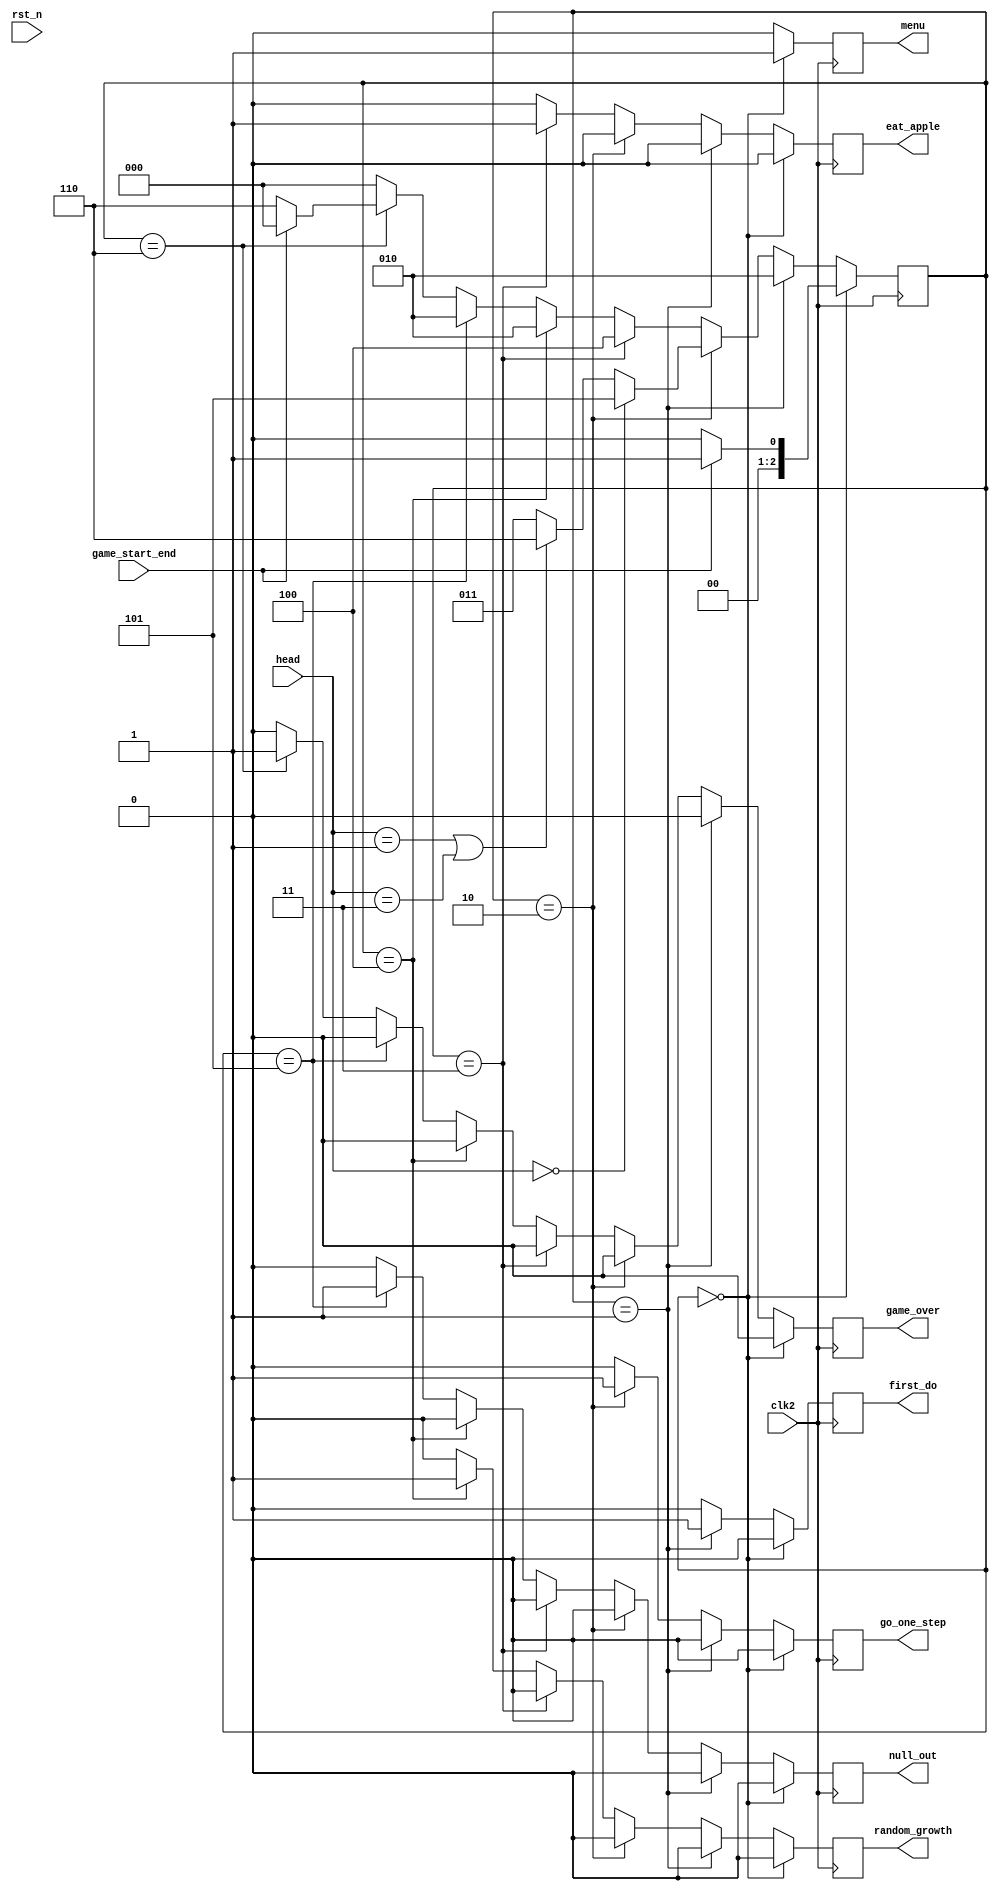
module control(
input clk2,
input rst_n,//
input game_start_end,//


input [1:0]head,//


output reg menu,
output reg first_do,
output reg go_one_step,
output reg eat_apple,
output reg random_growth,
output reg null_out,
output reg game_over


);


    reg [2:0]reg_c=3'b000;//
    
    always @ (posedge clk2)
    begin
    
        if(reg_c==3'b000)
        begin
        menu<=1;
        first_do<=0;
        go_one_step<=0;
        eat_apple<=0;
        random_growth<=0;
        null_out<=0;
        game_over<=0;
        
            if(game_start_end==1)
            begin 
                reg_c<=3'b001;
            end
            else
                reg_c<=3'b000;
        end

        else if(reg_c==3'b001)
        begin
        menu<=0;
        first_do<=1;
        go_one_step<=0;
        eat_apple<=0;
        random_growth<=0;
        null_out<=0;
        game_over<=0;
        
        reg_c<=3'b010;
        end
        
        else if(reg_c==3'b010)
        begin
        menu<=0;
        first_do<=0;
        go_one_step<=1;
        eat_apple<=0;
        random_growth<=0;
        null_out<=0;
        game_over<=0;
        
            if(head==2'b00)//
            begin
                reg_c<=3'b101;
            end
            else if(head==2'b01||head==2'b11)///
            begin
                reg_c<=3'b110;
            end
            else//
            begin
                reg_c<=3'b011;
            end
        end
        
        else if(reg_c==3'b011)
            begin
            menu<=0;
            first_do<=0;
            go_one_step<=0;
            eat_apple<=1;
            random_growth<=0;
            null_out<=0;
            game_over<=0;
            
            reg_c=3'b100;
            end  
            
        else if(reg_c==3'b100)
            begin
            menu<=0;
            first_do<=0;
            go_one_step<=0;
            eat_apple<=0;
            random_growth<=1;
            null_out<=0;
            game_over<=0;
            
            reg_c=3'b010;
            end  
            
        else if(reg_c==3'b101)
        begin
        menu<=0;
        first_do<=0;
        go_one_step<=0;
        eat_apple<=0;
        random_growth<=0;
        null_out<=1;
        game_over<=0;
        
            reg_c=3'b010;
        end  
            
        else if(reg_c==3'b110)
        begin
        menu<=0;
        first_do<=0;
        go_one_step<=0;
        eat_apple<=0;
        random_growth<=0;
        null_out<=0;
        game_over<=1
        ;
            if(game_start_end==0)
                reg_c=3'b110;
            else
                reg_c=3'b000;
        end 
            
        else//
        begin
        menu<=0;
        first_do<=0;
        go_one_step<=0;
        eat_apple<=0;
        random_growth<=0;
        null_out<=0;
        game_over<=0;
        
            reg_c=3'b000;
        end  

    end
endmodule